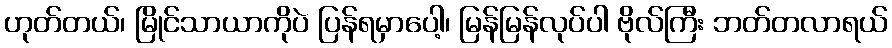
ဟုတ်တယ်၊ မြိုင်သာယာကိုပဲ ပြန်ရမှာပေါ့၊ မြန်မြန်လုပ်ပါ ဗိုလ်ကြီး ဘတ်တလာရယ်